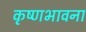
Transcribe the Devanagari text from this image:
कृष्णभावना